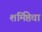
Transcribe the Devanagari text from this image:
शर्मिष्ठेचा